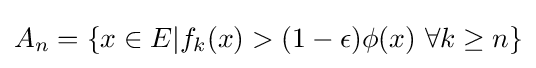
A_{n}=\{x\in E|f_{k}(x)>(1-\epsilon )\phi (x)~\forall k\geq n\}